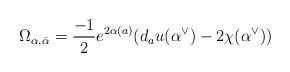
LaTeX: \begin{align*}\Omega_{\alpha,\bar{\alpha}} & = \frac{-1}{2}e^{2\alpha(a)}(d_au(\alpha^{\vee})-2\chi(\alpha^{\vee})) \end{align*}